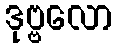
ဒုဗ္ဗလော